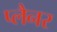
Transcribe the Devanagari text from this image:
प्लैनर